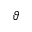
\vartheta